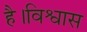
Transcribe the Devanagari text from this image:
है।विश्वास